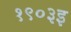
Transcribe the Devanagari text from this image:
१९०३इ